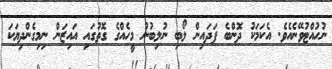
ނުހުއްޓުވޭނެއެވެ. އެކަމަކު ދޮންބެ ފަދައިން ލޯބި ނުލިބުނު މީހެއްގެ ގޮތުގައި އައިޒަން ނިމިގެންދިޔަކަ